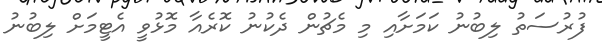
ފުރުސަތު ލިބުނު ކަމަށާއި މި މެޗުން ދެކުނު ކޮރެއާ މޮޅުވީ އެޓީމަށް ލިބުނު